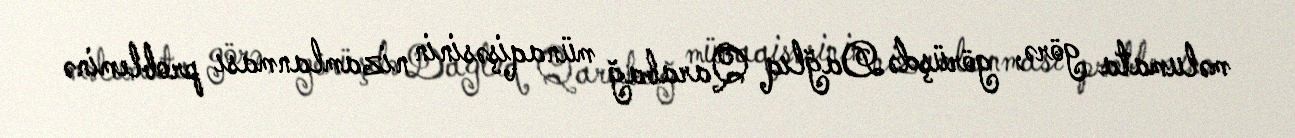
məlumata görə, görüşdə Dağlıq Qarabağ münaqişəsinin nizamlanması probleminə